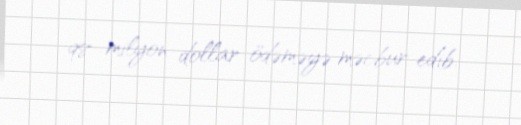
98 milyon dollar ödəməyə məcbur edib.